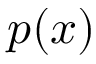
p ( x )